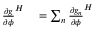
\begin{array} { r l } { { \frac { \partial g } { \partial \phi } } ^ { H } } & { { } = \sum _ { n } { \frac { \partial g _ { n } } { \partial \phi } } ^ { H } } \end{array}